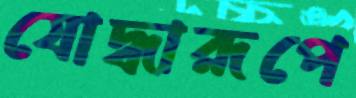
যোদ্ধারূপে